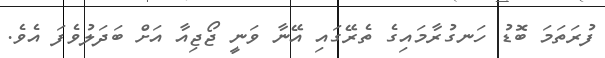
ފުރަތަމަ ބޮޑު ހަނގުރާމައިގެ ތެރޭގައި އޭނާ ވަނީ ޖޯޖިއާ އަށް ބަދަލުވެފަ އެވެ.